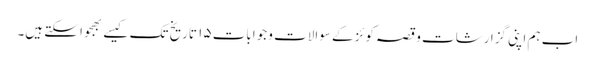
اب ہم اپنی گزارشات و قصہ کوئز کے سوالات و جوابات ۱۵ تاریخ تک کیسے بھجوا سکتے ہیں۔